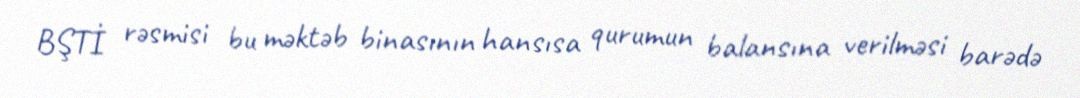
BŞTİ rəsmisi bu məktəb binasının hansısa qurumun balansına verilməsi barədə